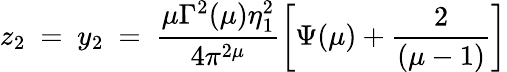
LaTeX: z_{2}~=~y_{2}~=~\frac{\mu\Gamma^{2}(\mu)\eta_{1}^{2}}{4\pi^{2\mu}}\left[\Psi(\mu)+\frac{2}{(\mu-1)}\right]